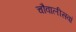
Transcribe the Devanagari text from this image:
चौवालीसवां